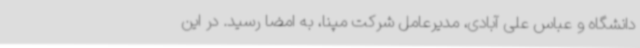
دانشگاه و عباس علی آبادی، مدیرعامل شرکت مپنا، به امضا رسید. در این